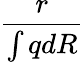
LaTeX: \frac{r}{\int qdR}